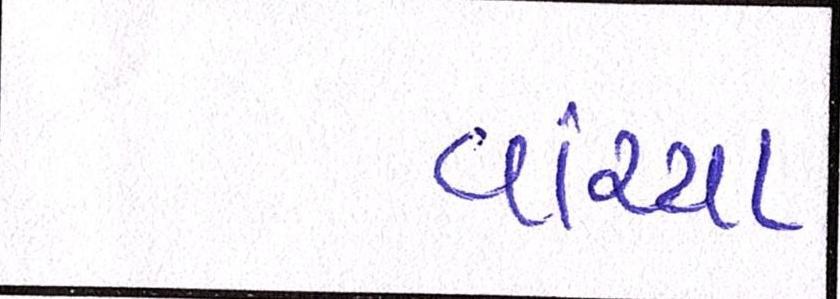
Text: વાંચ્યા